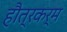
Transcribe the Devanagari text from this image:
हौत्रकर्म